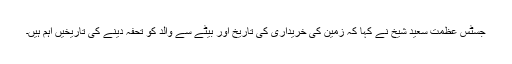
جسٹس عظمت سعید شیخ نے کہا کہ زمین کی خریداری کی تاریخ اور بیٹے سے والد کو تحفہ دینے کی تاریخیں اہم ہیں۔